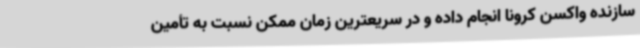
سازنده واکسن کرونا انجام داده و در سریعترین زمان ممکن نسبت به تأمین